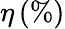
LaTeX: \eta\, (\% )